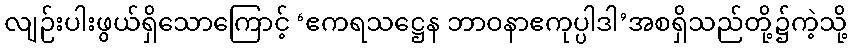
လျဉ်းပါးဖွယ်ရှိသောကြောင့် ‘ဧကရသဋ္ဌေန ဘာဝနာဧကုပ္ပါဒါ’အစရှိသည်တို့၌ကဲ့သို့